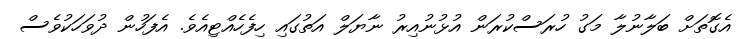
އެގޮތަށް ބަލާނުލާ މަގު ހުރަސްކުރަން އުޅުނުއިރު ނާޔަލް އަތުގައި ހިފެހެއްޓިއެވެ. އެފަހުން ދުވަހަކުވެސް